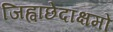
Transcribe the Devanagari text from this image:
जिह्वाछेदाक्षमो